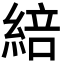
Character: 䋨